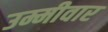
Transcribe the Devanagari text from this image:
उम्मीवार